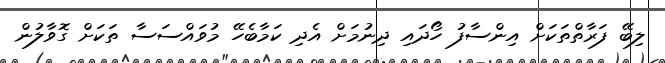
ލިބޭ ފަރާތްތަކަށް އިންސާފު ހޯދައި ދިނުމަށް އެދި ކަމާބެހޭ މުވައްސަސާ ތަކަށް ގޮވާލުން